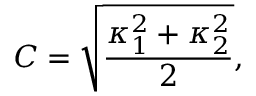
C = \sqrt { \frac { \kappa _ { 1 } ^ { 2 } + \kappa _ { 2 } ^ { 2 } } { 2 } } ,